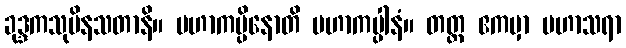
ခုဒ္ဒကသုပိနသတာနိ။ မဟာကပ္ပိနောတိ မဟာကပ္ပါနံ။ တတ္ထ ဧကမှာ မဟာသရာ